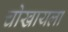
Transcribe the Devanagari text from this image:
चोखायला